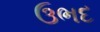
ઉભદ